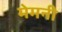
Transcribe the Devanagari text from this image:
मेमनी